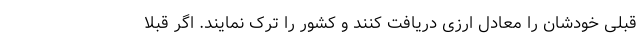
قبلی خودشان را معادل ارزی دریافت کنند و کشور را ترک نمایند. اگر قبلا